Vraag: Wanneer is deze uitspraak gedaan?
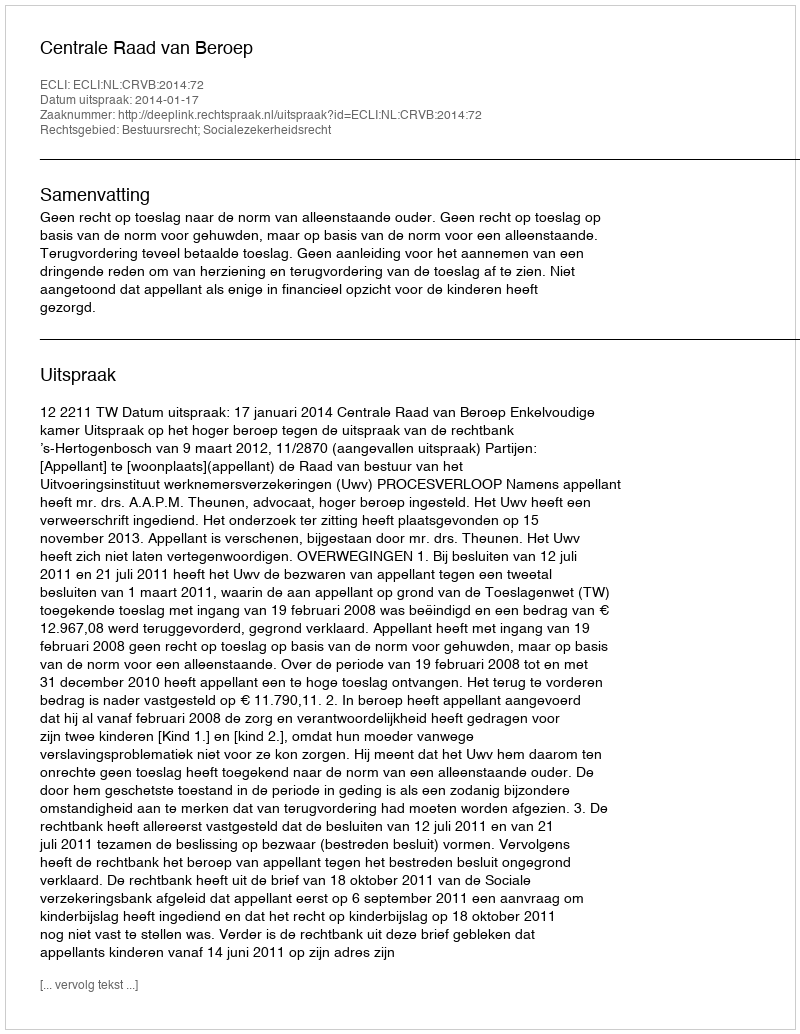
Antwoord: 2014-01-17